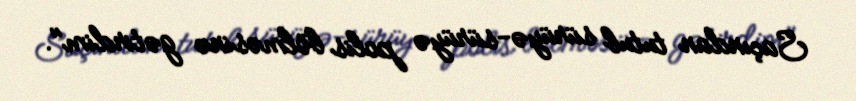
Saçından tutub sürüyə-sürüyə polis bölməsinə gətirdim".